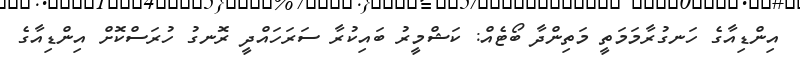
އިންޑިއާގެ ހަނގުރާމަމަތީ މަތިންދާ ބޯޓެއް: ކަޝްމީރު ބައިކުރާ ސަރަހައްދީ ރޮނގު ހުރަސްކޮށް އިންޑިއާގެ